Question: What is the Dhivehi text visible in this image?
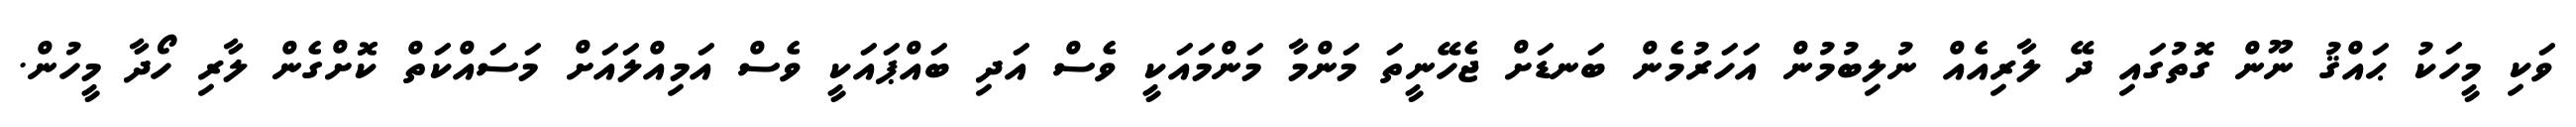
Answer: ވަކި މީހަކު ޙައްޤު ނޫން ގޮތުގައި ދޭ ލާރިއެއް ނުލިބުމުން އަހަރުމެން ބަނޑަށް ޖެހޭނީތަ މަންމާ މަންމައަކީ ވެސް އަދި ބައްޕައަކީ ވެސް އަމިއްލައަށް މަސައްކަތް ކޮށްގެން ލާރި ހޯދާ މީހުން.